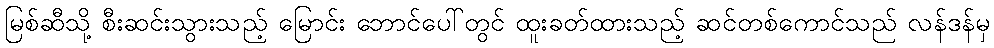
မြစ်ဆီသို့ စီးဆင်းသွားသည့် မြောင်း ဘောင်ပေါ်တွင် ထူးခတ်ထားသည့် ဆင်တစ်ကောင်သည် လန်ဒန်မှ